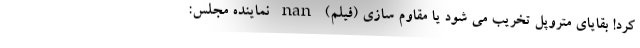
کرد! بقایای متروپل تخریب می شود یا مقاوم سازی (فیلم) nan نماینده مجلس: